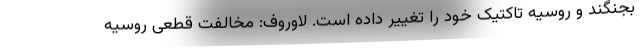
بجنگند و روسیه تاکتیک خود را تغییر داده است. لاوروف: مخالفت قطعی روسیه